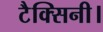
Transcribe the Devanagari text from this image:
टैक्सिनी।